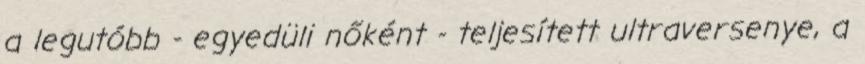
a legutóbb - egyedüli nőként - teljesített ultraversenye, a